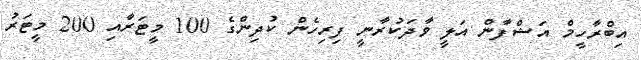
އިބްރާހީމް އަޝްފާން އަލީ ވާދަކުރާނީ ފިރިހެން ކުދިންގެ 100 މީޓަރާއި 200 މީޓަރު